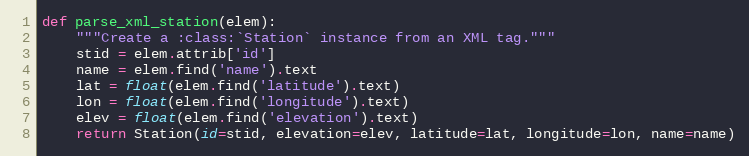
Language: Python
def parse_xml_station(elem):
    """Create a :class:`Station` instance from an XML tag."""
    stid = elem.attrib['id']
    name = elem.find('name').text
    lat = float(elem.find('latitude').text)
    lon = float(elem.find('longitude').text)
    elev = float(elem.find('elevation').text)
    return Station(id=stid, elevation=elev, latitude=lat, longitude=lon, name=name)